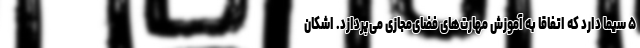
۵ سیما دارد که اتفاقاً به آموزش مهارت‌های فضای‌مجازی می‌پردازد. اشکان